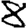
Digit: 8